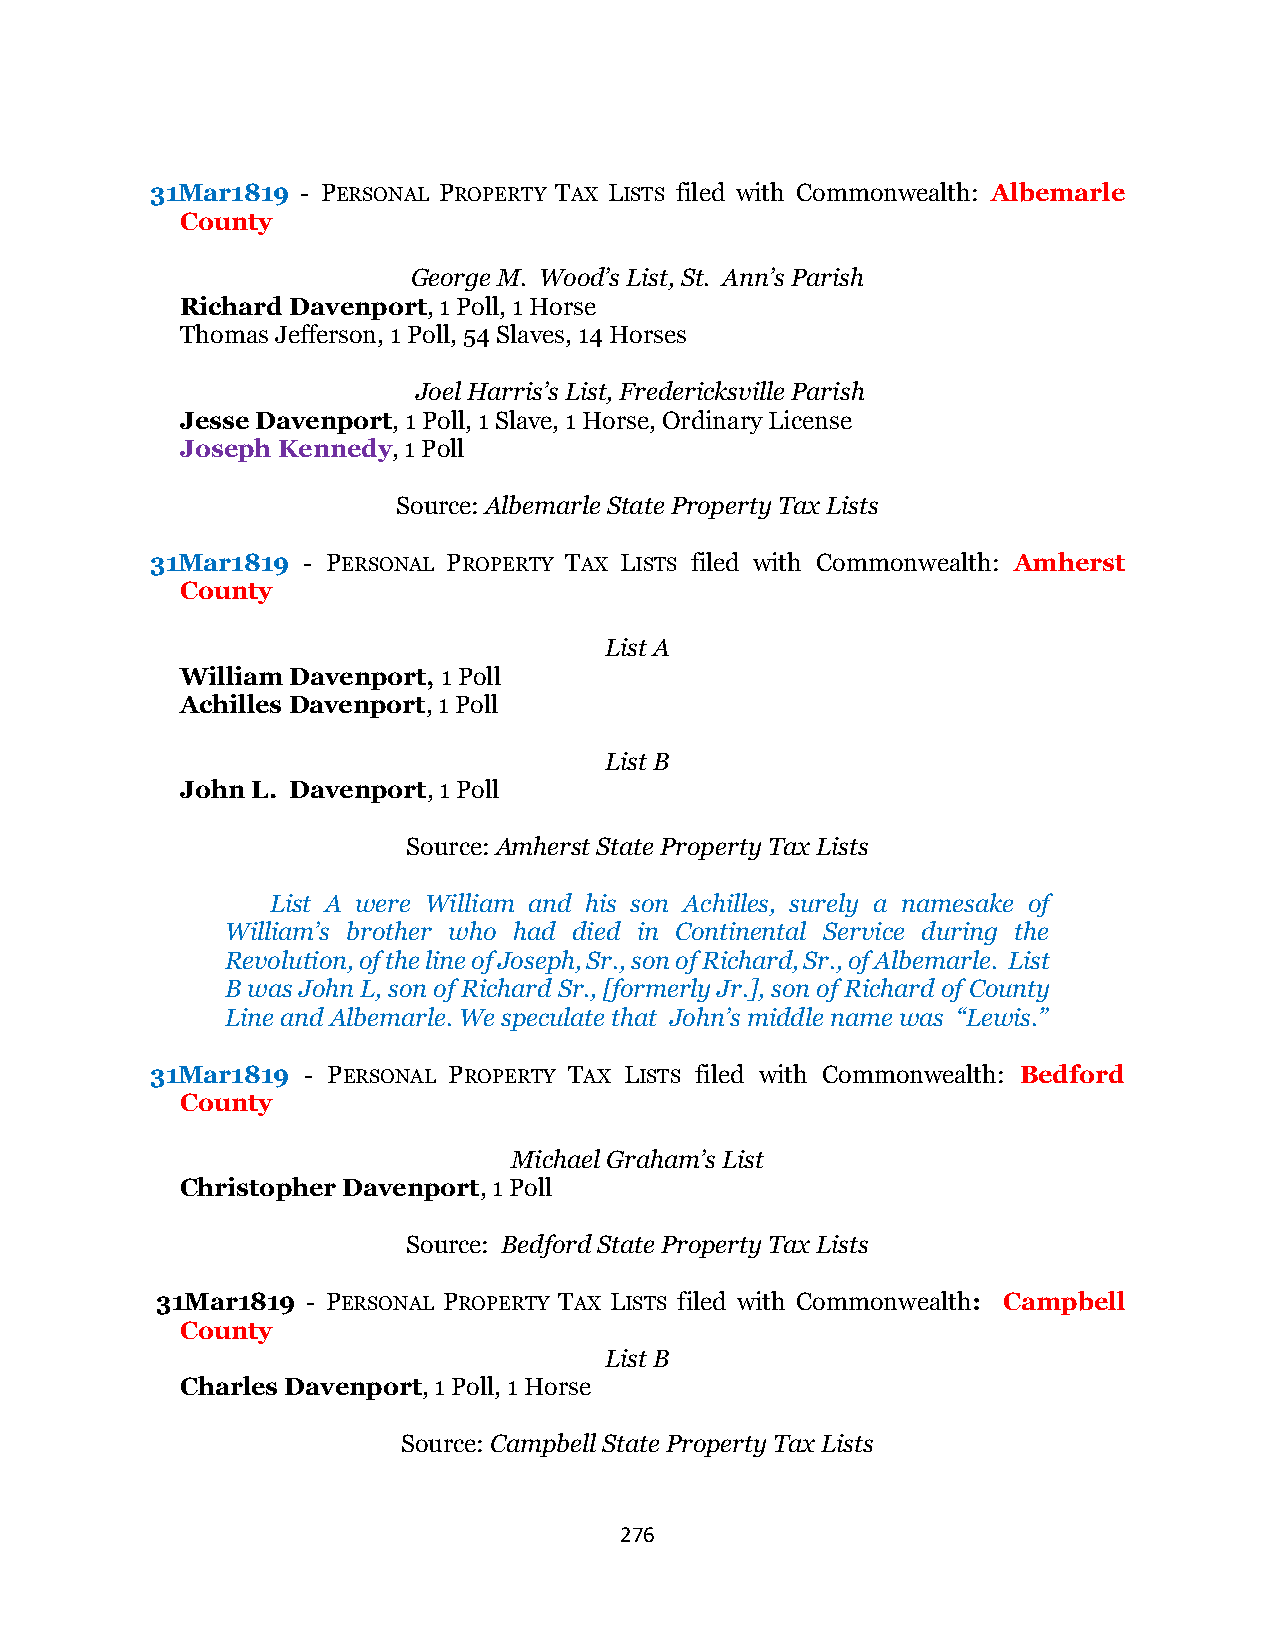
31Mar1819 - PERSONAL PROPERTY TAX LISTS filed with Commonwealth: Albemarle
 County
 George M. Wood’s List, St. Ann’s Parish
 Richard Davenport, 1 Poll, 1 Horse
 Thomas Jefferson, 1 Poll, 54 Slaves, 14 Horses
 Joel Harris’s List, Fredericksville Parish
 Jesse Davenport, 1 Poll, 1 Slave, 1 Horse, Ordinary License
 Joseph Kennedy, 1 Poll
 Source: Albemarle State Property Tax Lists
 31Mar1819 - PERSONAL PROPERTY TAX LISTS filed with Commonwealth: Amherst
 County
 List A
 William Davenport, 1 Poll
 Achilles Davenport, 1 Poll
 List B
 John L. Davenport, 1 Poll
 Source: Amherst State Property Tax Lists
 List A were William and his son Achilles, surely a namesake of
 William’s brother who had died in Continental Service during the
 Revolution, of the line of Joseph, Sr., son of Richard, Sr., of Albemarle. List
 B was John L, son of Richard Sr., [formerly Jr.], son of Richard of County
 Line and Albemarle. We speculate that John’s middle name was “Lewis.”
 31Mar1819 - PERSONAL PROPERTY TAX LISTS filed with Commonwealth: Bedford
 County
 Michael Graham’s List
 Christopher Davenport, 1 Poll
 Source: Bedford State Property Tax Lists
 31Mar1819 - PERSONAL PROPERTY TAX LISTS filed with Commonwealth: Campbell
 County
 List B
 Charles Davenport, 1 Poll, 1 Horse
 Source: Campbell State Property Tax Lists
 276